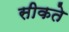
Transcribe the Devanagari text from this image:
सीकते